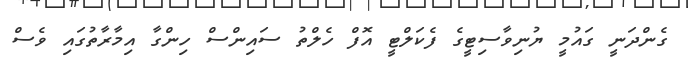
ގެންދަނީ ގައުމީ ޔުނިވާސިޓީގެ ފެކަލްޓީ އޮފް ހެލްތު ސައިންސް ހިންގާ އިމާރާތުގައި ވެސް